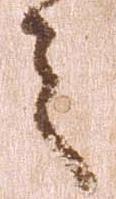
之